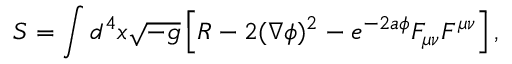
S = \int d ^ { 4 } x \sqrt { - g } \left[ R - 2 ( \nabla \phi ) ^ { 2 } - e ^ { - 2 a \phi } F _ { \mu \nu } F ^ { \mu \nu } \right] ,